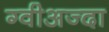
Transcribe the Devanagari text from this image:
ग्वीअज्दा